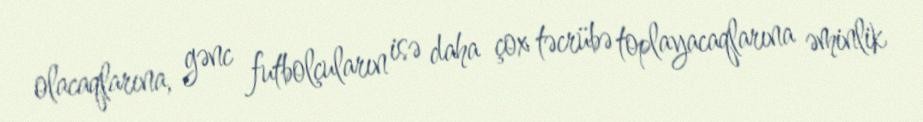
olacaqlarına, gənc futbolçuların isə daha çox təcrübə toplayacaqlarına əminlik